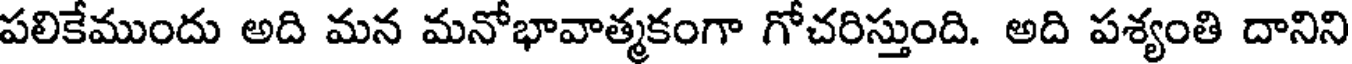
పలికేముందు అది మన మనోభావాత్మకంగా గోచరిస్తుంది. అది పశ్యంతి దానిని